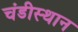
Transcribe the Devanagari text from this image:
चंडीस्‍थान